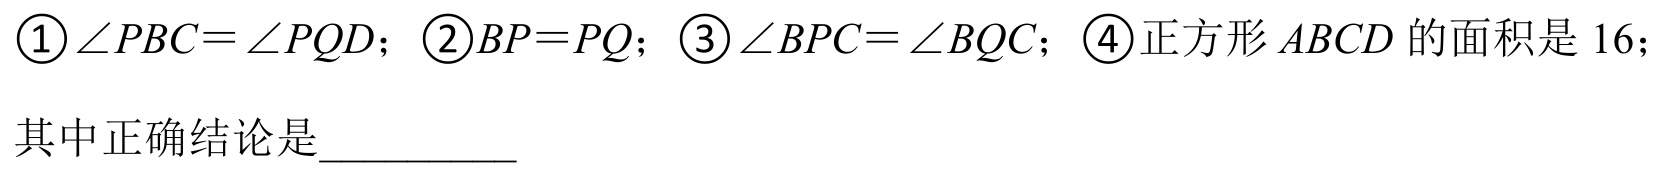
\textcircled{1}\(\angle PBC=\angle PQD\)；\textcircled{2}\(BP = PQ\)；\textcircled{3}\(\angle BPC=\angle BQC\)；\textcircled{4}正方形 \(ABCD\) 的面积是 \(16\)；
其中正确结论是__________